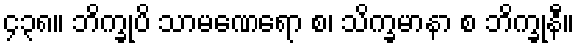
၄၃၈။ ဘိက္ခုပိ သာမဏေရော စ၊ သိက္ခမာနာ စ ဘိက္ခုနီ။